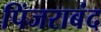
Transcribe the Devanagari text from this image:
पिंजराबंद